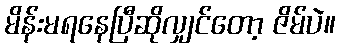
မိန်းမရနေပြီဆိုလျှင်တော့ ဇိမ်ပဲ။